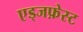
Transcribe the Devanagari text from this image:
एड्जफ़ेस्ट